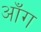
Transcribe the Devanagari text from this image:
ऑंग